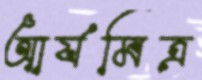
আর্যমিত্র